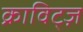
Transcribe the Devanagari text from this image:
क्राविट्ज़